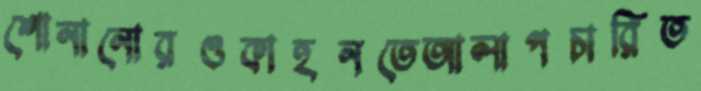
শোনানোরওকাহনতেআলাপচারিত